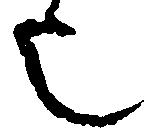
已